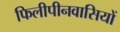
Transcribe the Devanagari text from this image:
फिलीपीनवासियों